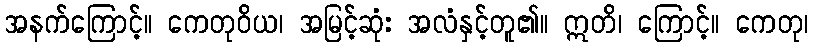
အနက်ကြောင့်။ ကေတုဝိယ၊ အမြင့်ဆုံး အလံနှင့်တူ၏။ ဣတိ၊ ကြောင့်။ ကေတု၊